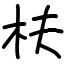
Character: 枎